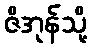
ဇိအုန်သို့